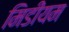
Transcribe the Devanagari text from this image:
मिडीयम